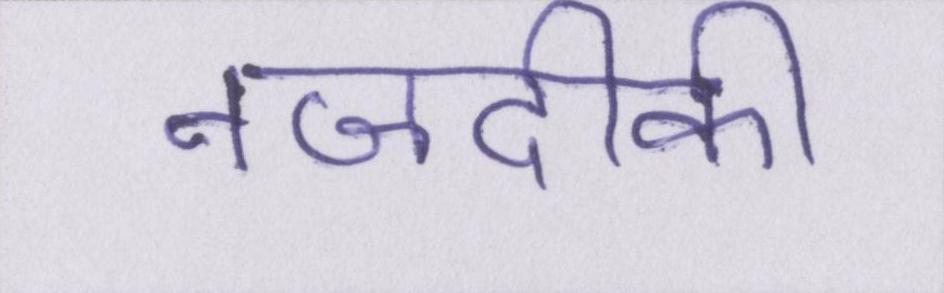
नजदीकी